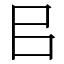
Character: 㠯